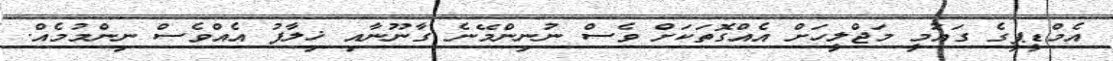
އެމްޑީޕީގެ ގައުމީ މަޖްލީހަށް އެއްގޮތަކަށް ވެސް ނުނިންމޭނެ ގާނޫނާއި ޚިލާފު އެއްވެސް ނިންމުމެއް.